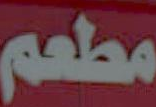
مطعم